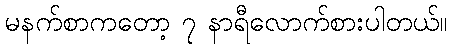
မနက်စာကတော့ ၇ နာရီလောက်စားပါတယ်။